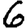
Digit: 6